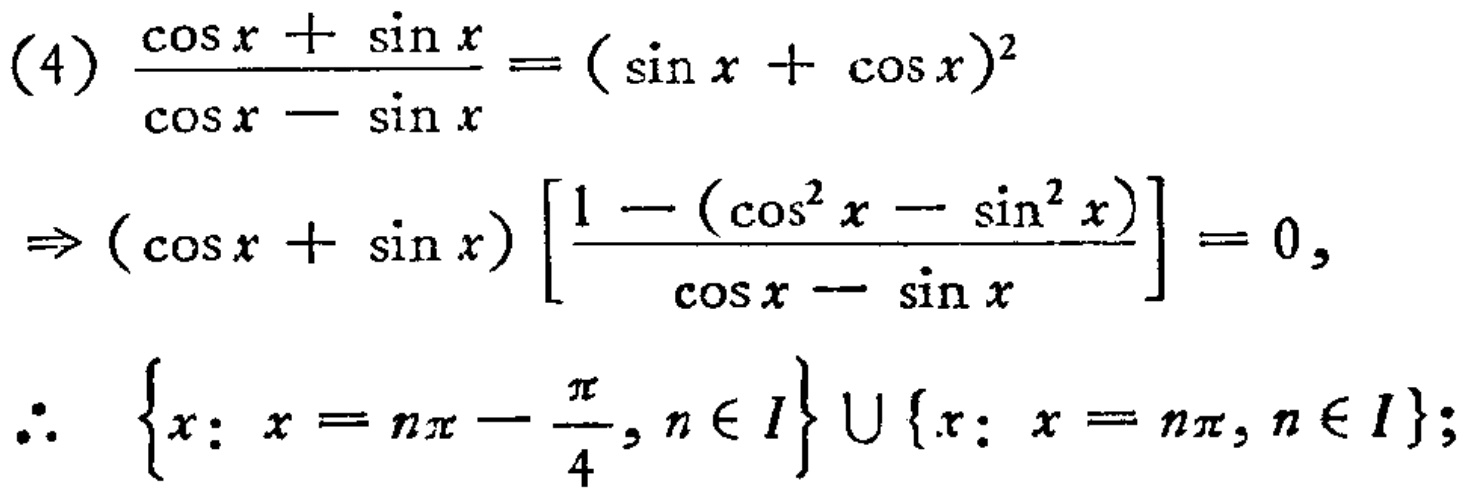
\[(4)\frac{\cos x+\sin x}{\cos x - \sin x}=(\sin x+\cos x)^2\]
\[\Rightarrow (\cos x+\sin x)\left[\frac{1 - (\cos^2 x-\sin^2 x)}{\cos x - \sin x}\right]=0,\]
\[\therefore\left\{x:x = n\pi-\frac{\pi}{4},n\in I\right\}\cup\left\{x:x = n\pi,n\in I\right\};\]